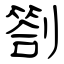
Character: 劄